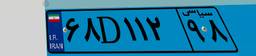
۶۸D۱۱۲۹۸